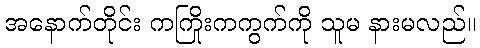
အနောက်တိုင်း ကကြိုးကကွက်ကို သူမ နားမလည်။